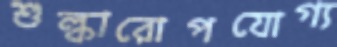
শুল্কারোপযোগ্য